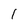
Character: 1